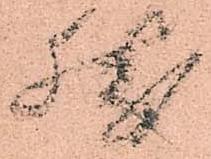
然